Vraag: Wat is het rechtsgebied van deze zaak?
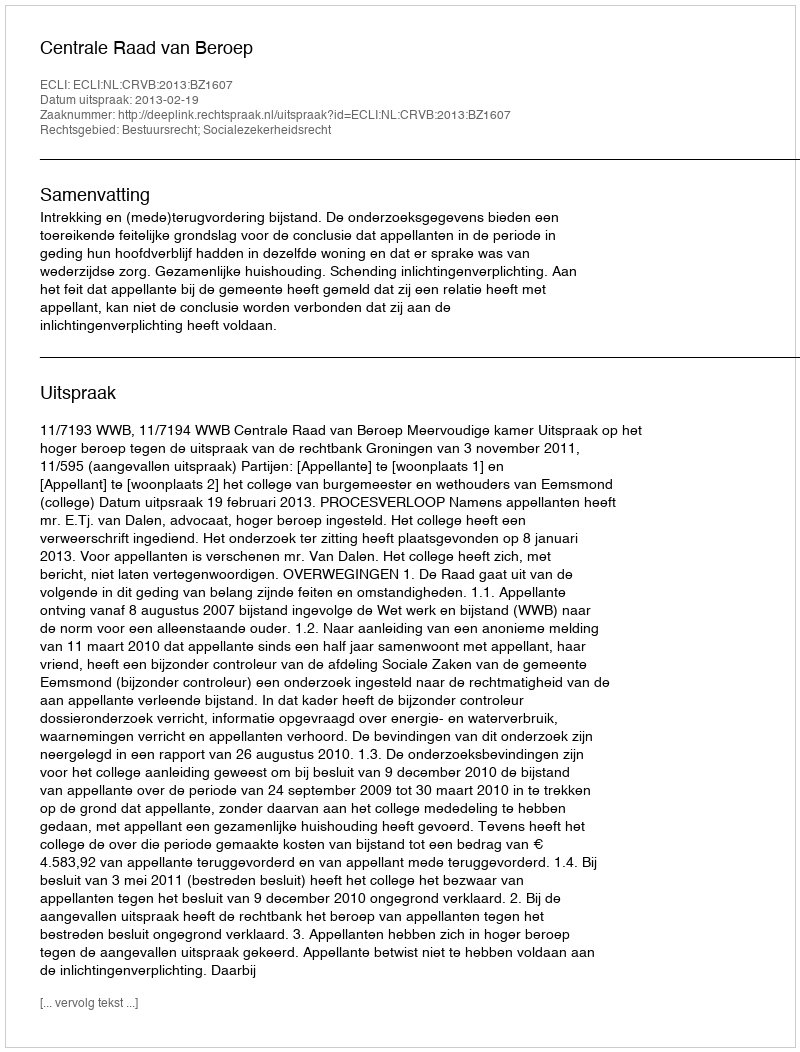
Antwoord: Bestuursrecht; Socialezekerheidsrecht